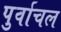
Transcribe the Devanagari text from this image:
पुर्वाचल